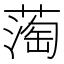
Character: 𬞇